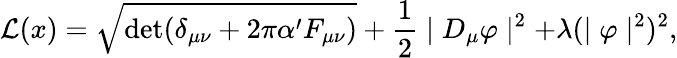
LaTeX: {\cal L}(x)=\sqrt{\mathrm{det}(\delta_{\mu\nu}+2\pi\alpha^{\prime}F_{\mu\nu})}+\frac{1}{2}\mid D_{\mu}\varphi\mid^{2}+\lambda(\mid\varphi\mid^{2})^{2},